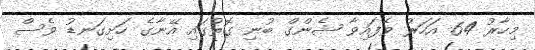
މިހާރު 64 އަހަރު ވެފައިވާ ޝެންގް ބުނި ގޮތުގައި އޭނާގެ ހަށިގަނޑު ވެސް